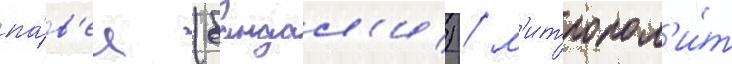
па́в'ел (бандал'и) / м'итропол'и́т